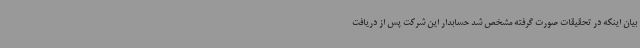
بیان اینکه در تحقیقات صورت گرفته مشخص شد حسابدار این شرکت پس از دریافت